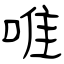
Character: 唯